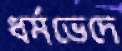
ধর্মভেদে